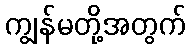
ကျွန်မတို့အတွက်